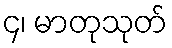
၄၊ မာတုသုတ်